Report of an investigation of the epidemic of malarial fever in Assam, or, kala-azar
Disease focus: Malaria
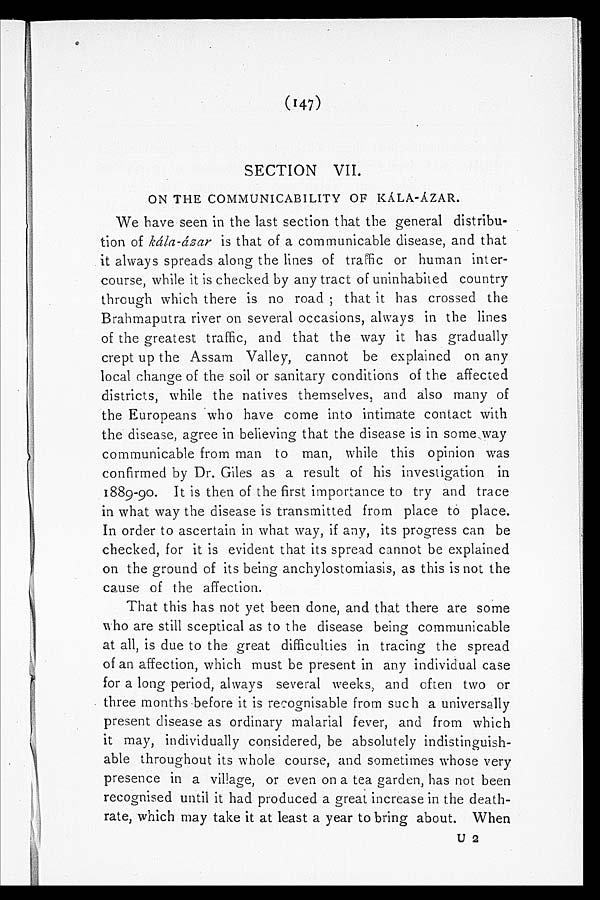
(147)
SECTION VII.
ON THE COMMUNICABILITY OF KÁLA-ÁZAR.
We have seen in the last section that the general distribu-
tion of kála-ázar is that of a communicable disease, and that
it always spreads along the lines of traffic or human inter-
course, while it is checked by any tract of uninhabited country
through which there is no road; that it has crossed the
Brahmaputra river on several occasions, always in the lines
of the greatest traffic, and that the way it has gradually
crept up the Assam Valley, cannot be explained on any
local change of the soil or sanitary conditions of the affected
districts, while the natives themselves, and also many of
the Europeans who have come into intimate contact with
the disease, agree in believing that the disease is in some way
communicable from man to man, while this opinion was
confirmed by Dr. Giles as a result of his investigation in
1889-90. It is then of the first importance to try and trace
in what way the disease is transmitted from place to place.
In order to ascertain in what way, if any, its progress can be
checked, for it is evident that its spread cannot be explained
on the ground of its being anchylostomiasis, as this is not the
cause of the affection.
That this has not yet been done, and that there are some
who are still sceptical as to the disease being communicable
at all, is due to the great difficulties in tracing the spread
of an affection, which must be present in any individual case
for a long period, always several weeks, and often two or
three months before it is recognisable from such a universally
present disease as ordinary malarial fever, and from which
it may, individually considered, be absolutely indistinguish-
able throughout its whole course, and sometimes whose very
presence in a village, or even on a tea garden, has not been
recognised until it had produced a great increase in the death-
rate, which may take it at least a year to bring about. When
U 2